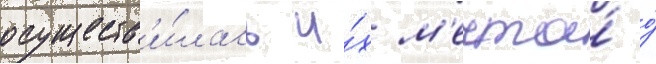
осуществ'и́лась и́х м'ечта́ о́